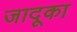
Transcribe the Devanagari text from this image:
जादूका